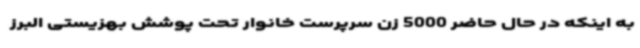
به اینکه در حال حاضر 5000 زن سرپرست خانوار تحت پوشش بهزیستی البرز